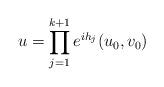
LaTeX: \begin{align*}u = \prod_{j=1}^{k+1} e^{i h_j} (u_{0}, v_{0})\end{align*}